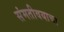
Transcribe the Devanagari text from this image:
संमतीवयाचा